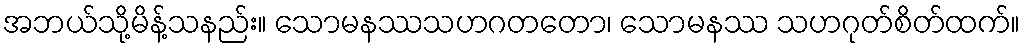
အဘယ်သို့မိန့်သနည်း။ သောမနဿသဟဂတတော၊ သောမနဿ သဟဂုတ်စိတ်ထက်။